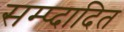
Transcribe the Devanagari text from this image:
सम्प्दादित